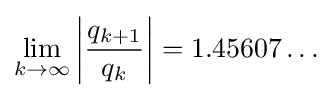
\lim _{k\to \infty }\left|{\frac {q_{k+1}}{q_{k}}}\right\vert =1.45607\ldots